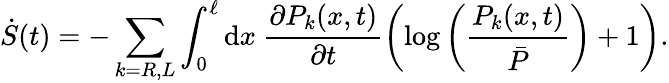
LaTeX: \dot{S}(t)=-\sum_{k=R,L}\int_{0}^{\ell}\mathrm{d}x~\frac{\partial P_{k}(x,t)}{\partial t}\left(\log\left(\frac{P_{k}(x,t)}{\bar{P}}\right)+1\right).